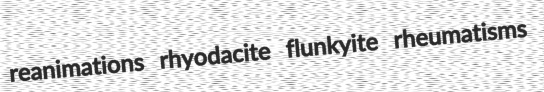
reanimations rhyodacite flunkyite rheumatisms